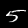
Digit: 5